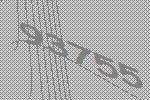
93755